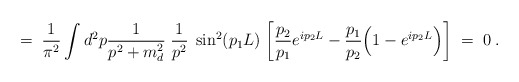
\begin{align*}= \; \frac{1}{\pi^2} \int d^2p \frac{1}{p^2 + m_d^2} \; \frac{1}{p^2} \;\sin^2(p_1L) \;\bigg[ \frac{p_2}{p_1}e^{ip_2 L} -\frac{p_1}{p_2}\Big( 1 - e^{ip_2 L}\Big) \bigg] \; = \; 0 \; .\end{align*}